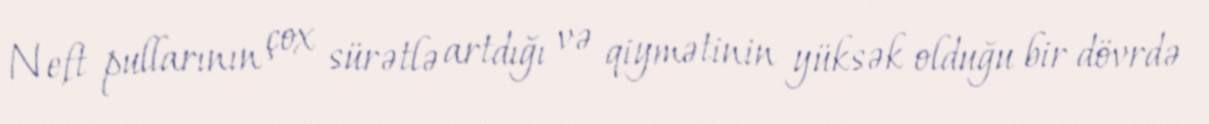
Neft pullarının çox sürətlə artdığı və qiymətinin yüksək olduğu bir dövrdə